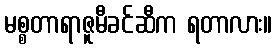
မစ္စတာရာဇူမီခင်ဆီက ရတာလား။